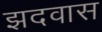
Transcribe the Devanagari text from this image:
झदवास